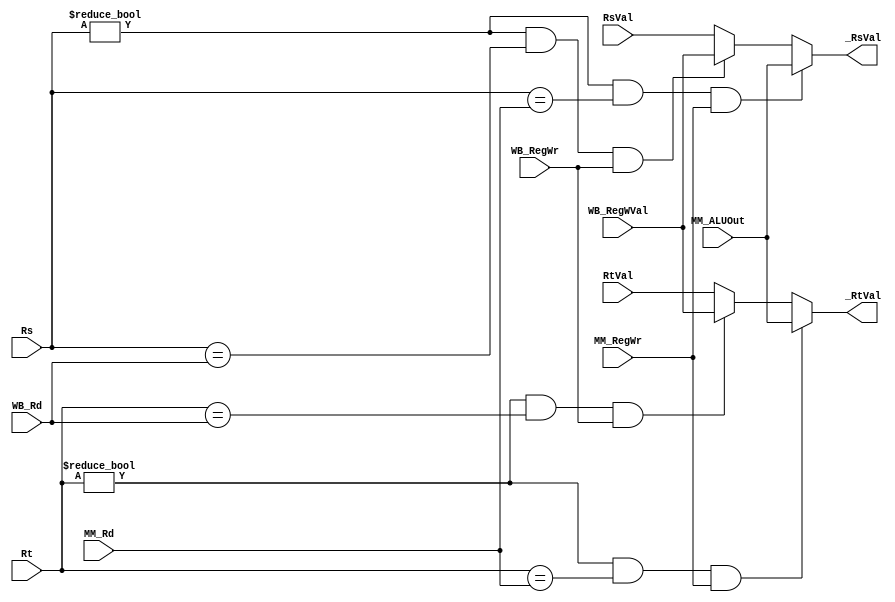


module Forward(Rs, Rt, RsVal, RtVal, _RsVal, _RtVal, 
				MM_Rd, MM_ALUOut, MM_RegWr,
				WB_Rd, WB_RegWVal, WB_RegWr);
	input wire[ 4:0]	Rs, Rt, MM_Rd, WB_Rd;
	input wire[31:0]	RsVal, RtVal, MM_ALUOut, WB_RegWVal;
	input wire	MM_RegWr, WB_RegWr;

	output reg[31:0]	_RsVal, _RtVal;

	always @(Rs or RsVal or MM_Rd or MM_ALUOut or MM_RegWr 
				or WB_Rd or WB_RegWVal or WB_RegWr) begin
		_RsVal = RsVal;
		if (Rs != 5'b0 && Rs == WB_Rd && WB_RegWr) begin
			_RsVal = WB_RegWVal;
		end
		if (Rs != 5'b0 && Rs == MM_Rd && MM_RegWr) begin
			_RsVal = MM_ALUOut;
		end
	end

	always @(Rt or RtVal or MM_Rd or MM_ALUOut or MM_RegWr 
				or WB_Rd or WB_RegWVal or WB_RegWr) begin
		_RtVal = RtVal;
		if (Rt != 5'b0 && Rt == WB_Rd && WB_RegWr) begin
			_RtVal = WB_RegWVal;
		end
		if (Rt != 5'b0 && Rt == MM_Rd && MM_RegWr) begin
			_RtVal = MM_ALUOut;
		end
	end

endmodule